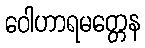
ဝေါဟာရမတ္တေန